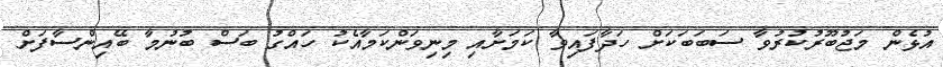
އުޅެން މަޖުބޫރުކުރުވާ ސަބަބަކަށް ހަދާފައިވާ ކަމަށާއި މިނިވަންކަމާއެކު ހައްގު ބަސް ބުނުމާ ބޭއިންސާފަށް